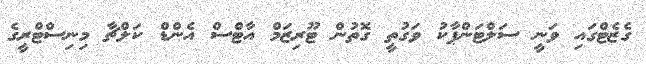
ގެޒެޓްގައި ވަނީ ސަލްޓަންޕާކު ވަގުތީ ގޮތުން ޓޫރިޒަމް އާޓްސް އެންޑް ކަލްޗާ މިނިސްޓްރީގެ